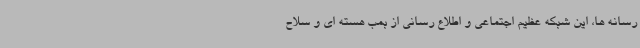
رسانه ها، این شبکه عظیم اجتماعی و اطلاع رسانی از بمب هسته ای و سلاح